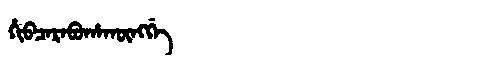
Manchu: ᡥᡳᠪᠴᠠᡵᠠᠪᡠᡥᠠᡴᡡᠩᡤᡝ
Romanization: HIBCARABUHAKŪNGGE